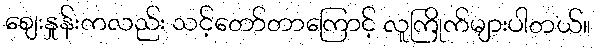
စျေးနှုန်းကလည်း သင့်တော်တာကြောင့် လူကြိုက်များပါတယ်။